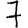
Digit: 7